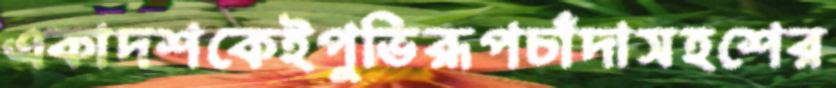
একাদশকেইপুভিরূপচাঁদাসহশের